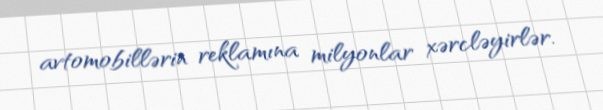
avtomobillərin reklamına milyonlar xərcləyirlər.